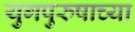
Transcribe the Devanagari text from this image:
युगपुरुषाच्या